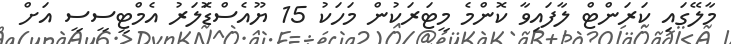
މާލޭގައި ކަރަންޓް ލާފައިވާ ކޮންމެ މީޓަރަކުން މަަަހަކު 15 ޔޫއެސްޑޮަލަރު އެމްޓީސީސީ އަށް